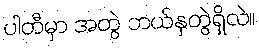
ပါတီမှာ အတွဲ ဘယ်နှတွဲရှိလဲ။